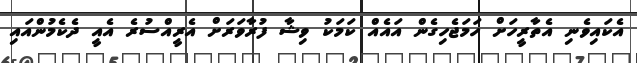
އެކައިވެނި އެތާރީހަށް ހަމަޖެހިގެން އައެއް ކަމަކު ވިޝާ ފުރާވަރަށް އެރީއްސުރެ އެއީ ދެކެމުންއައި